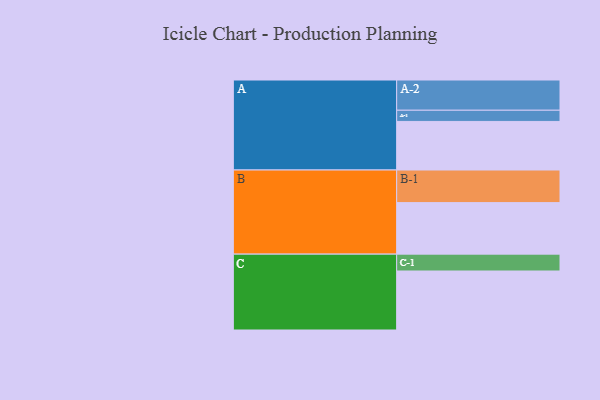
{"axis": {"x": "Segment", "y": "Value"}, "legend": ["", "A", "B", "C"], "data": [{"x": "A", "y": 429, "type": ""}, {"x": "B", "y": 455, "type": ""}, {"x": "C", "y": 521, "type": ""}, {"x": "A-1", "y": 99, "type": "A"}, {"x": "A-2", "y": 267, "type": "A"}, {"x": "B-1", "y": 288, "type": "B"}, {"x": "C-1", "y": 149, "type": "C"}]}